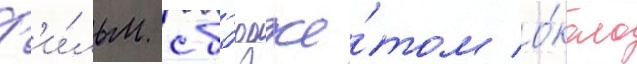
Ф'и́льм с б'юдже́том о́коло